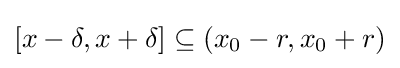
[x-\delta ,x+\delta ]\subseteq (x_{0}-r,x_{0}+r)